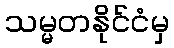
သမ္မတနိုင်ငံမှ